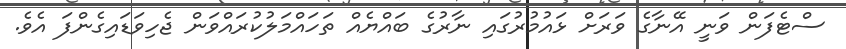
ސްޓެފަން ވަނީ އޭނާގެ ވަރަށް ޅައުމުރުގައި ނާރުގެ ބައްޔެއް ތަހައްމަލުކުރައްވަން ޖެހިވަޑައިގެންފަ އެވެ.